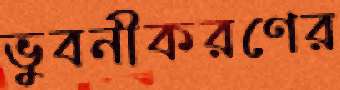
ভুবনীকরণের